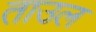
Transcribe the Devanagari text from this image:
ताउल